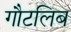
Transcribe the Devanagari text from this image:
गौटलिब